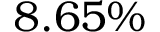
8 . 6 5 \%